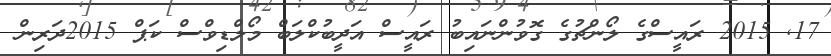
17